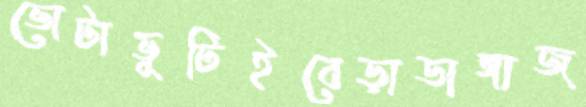
ভোটাভুটিইবেড়াডাঙ্গাজ্